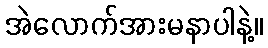
အဲလောက်အားမနာပါနဲ့။